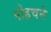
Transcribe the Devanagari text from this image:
पोहचने